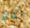
نكاد